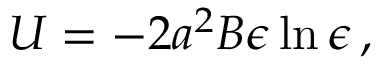
\begin{array} { r } { U = - 2 a ^ { 2 } B \epsilon \ln \epsilon \, , } \end{array}